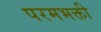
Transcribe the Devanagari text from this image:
परमभक्ती